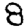
Digit: 8